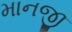
માનજી